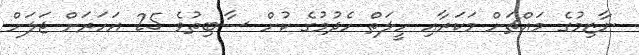
ނާޒިމުގެ މައްޗަށް މަކަރާއި ހީލަތް ހެދުމުގެ ކުށް ސާބިތުވެ 25 އަހަރަށް ޖަލަށް